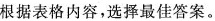
根据表格内容,选择最佳答案.